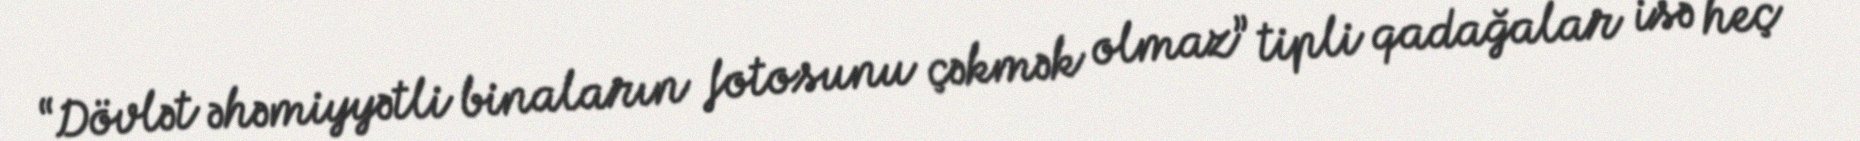
“Dövlət əhəmiyyətli binaların fotosunu çəkmək olmaz” tipli qadağalar isə heç